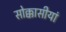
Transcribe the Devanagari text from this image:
सोक्कासीयां